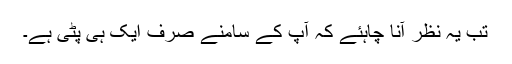
تب یہ نظر آنا چاہئے کہ آپ کے سامنے صرف ایک ہی پٹی ہے۔